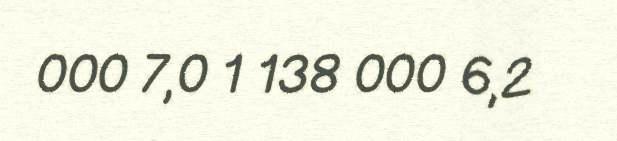
000 7,0 1 138 000 6,2